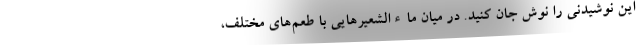
این نوشیدنی را نوش جان کنید. در میان ماءالشعیرهایی با طعم‌های مختلف،